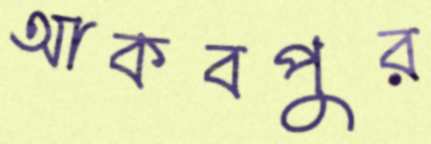
আকবপুর